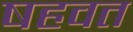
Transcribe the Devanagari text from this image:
षहवत